Scottish Leaving Certificate Examination, 1961
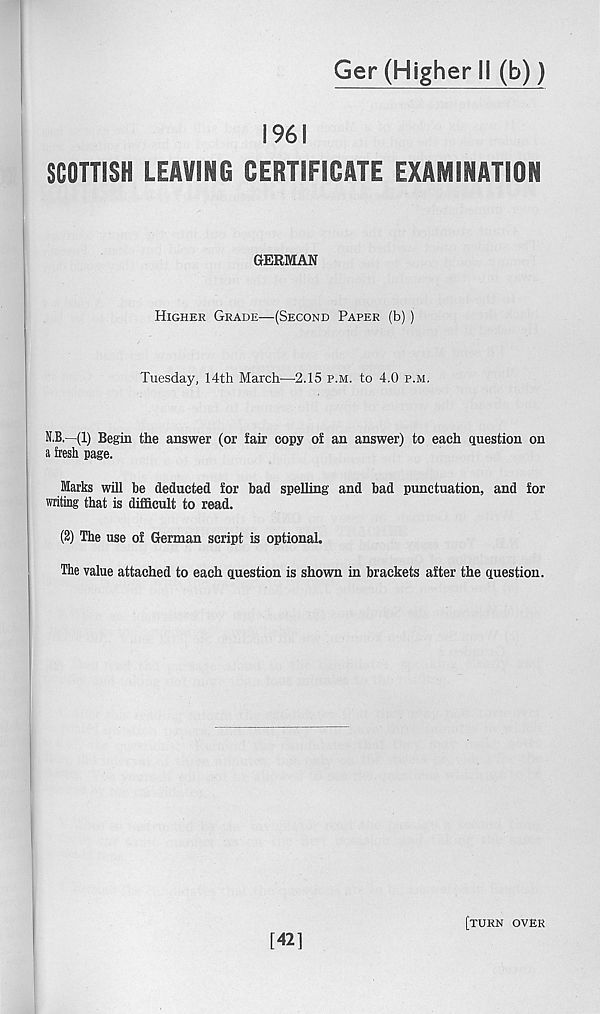
Ger (Higher II (b))
1961
SCOTTISH LEAVING CERTIFICATE EXAMINATION
GERMAN
Higher Grade—(Second Paper (b))
Tuesday, 14th March—2.15 p.m. to 4.0 p.m.
N.B.—(1) Begin the answer (or fair copy of an answer) to each question on
a iresh page.
Marks will be deducted for bad spelling and bad punctuation, and for
writing that is difficult to read.
(2) The use of German script is optional.
The value attached to each question is shown in brackets after the question.
[42]
[turn over